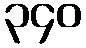
၃၄၀